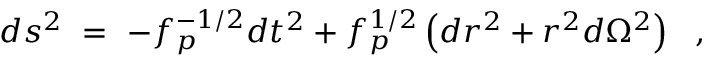
d s ^ { 2 } ~ = ~ - f _ { p } ^ { - 1 / 2 } d t ^ { 2 } + f _ { p } ^ { 1 / 2 } \left( d r ^ { 2 } + r ^ { 2 } d \Omega ^ { 2 } \right) ~ ~ ,